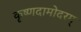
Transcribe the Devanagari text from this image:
कृष्णदामोदरम्